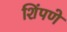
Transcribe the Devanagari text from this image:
शिंपणे